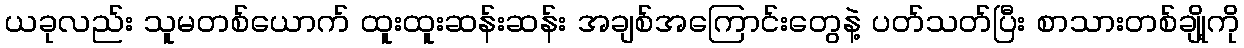
ယခုလည်း သူမတစ်ယောက် ထူးထူးဆန်းဆန်း အချစ်အကြောင်းတွေနဲ့ ပတ်သတ်ပြီး စာသားတစ်ချို့ကို